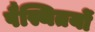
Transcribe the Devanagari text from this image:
पैस्थितयों